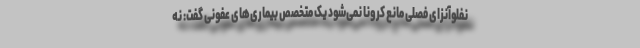
نفلوآنزای فصلی مانع کرونا نمی‌شود یک متخصص بیماری‌های عفونی گفت: نه